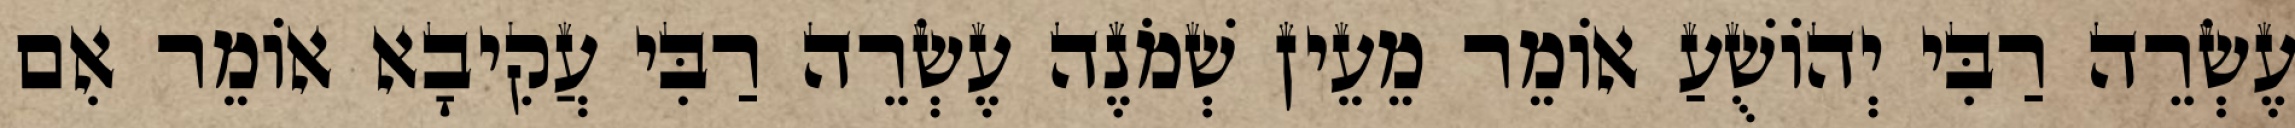
עֶשְׂרֵה רַבִּי יְהוֹשֻׁעַ אוֹמֵר מֵעֵין שְׁמֹנֶה עֶשְׂרֵה רַבִּי עֲקִיבָא אוֹמֵר אִם